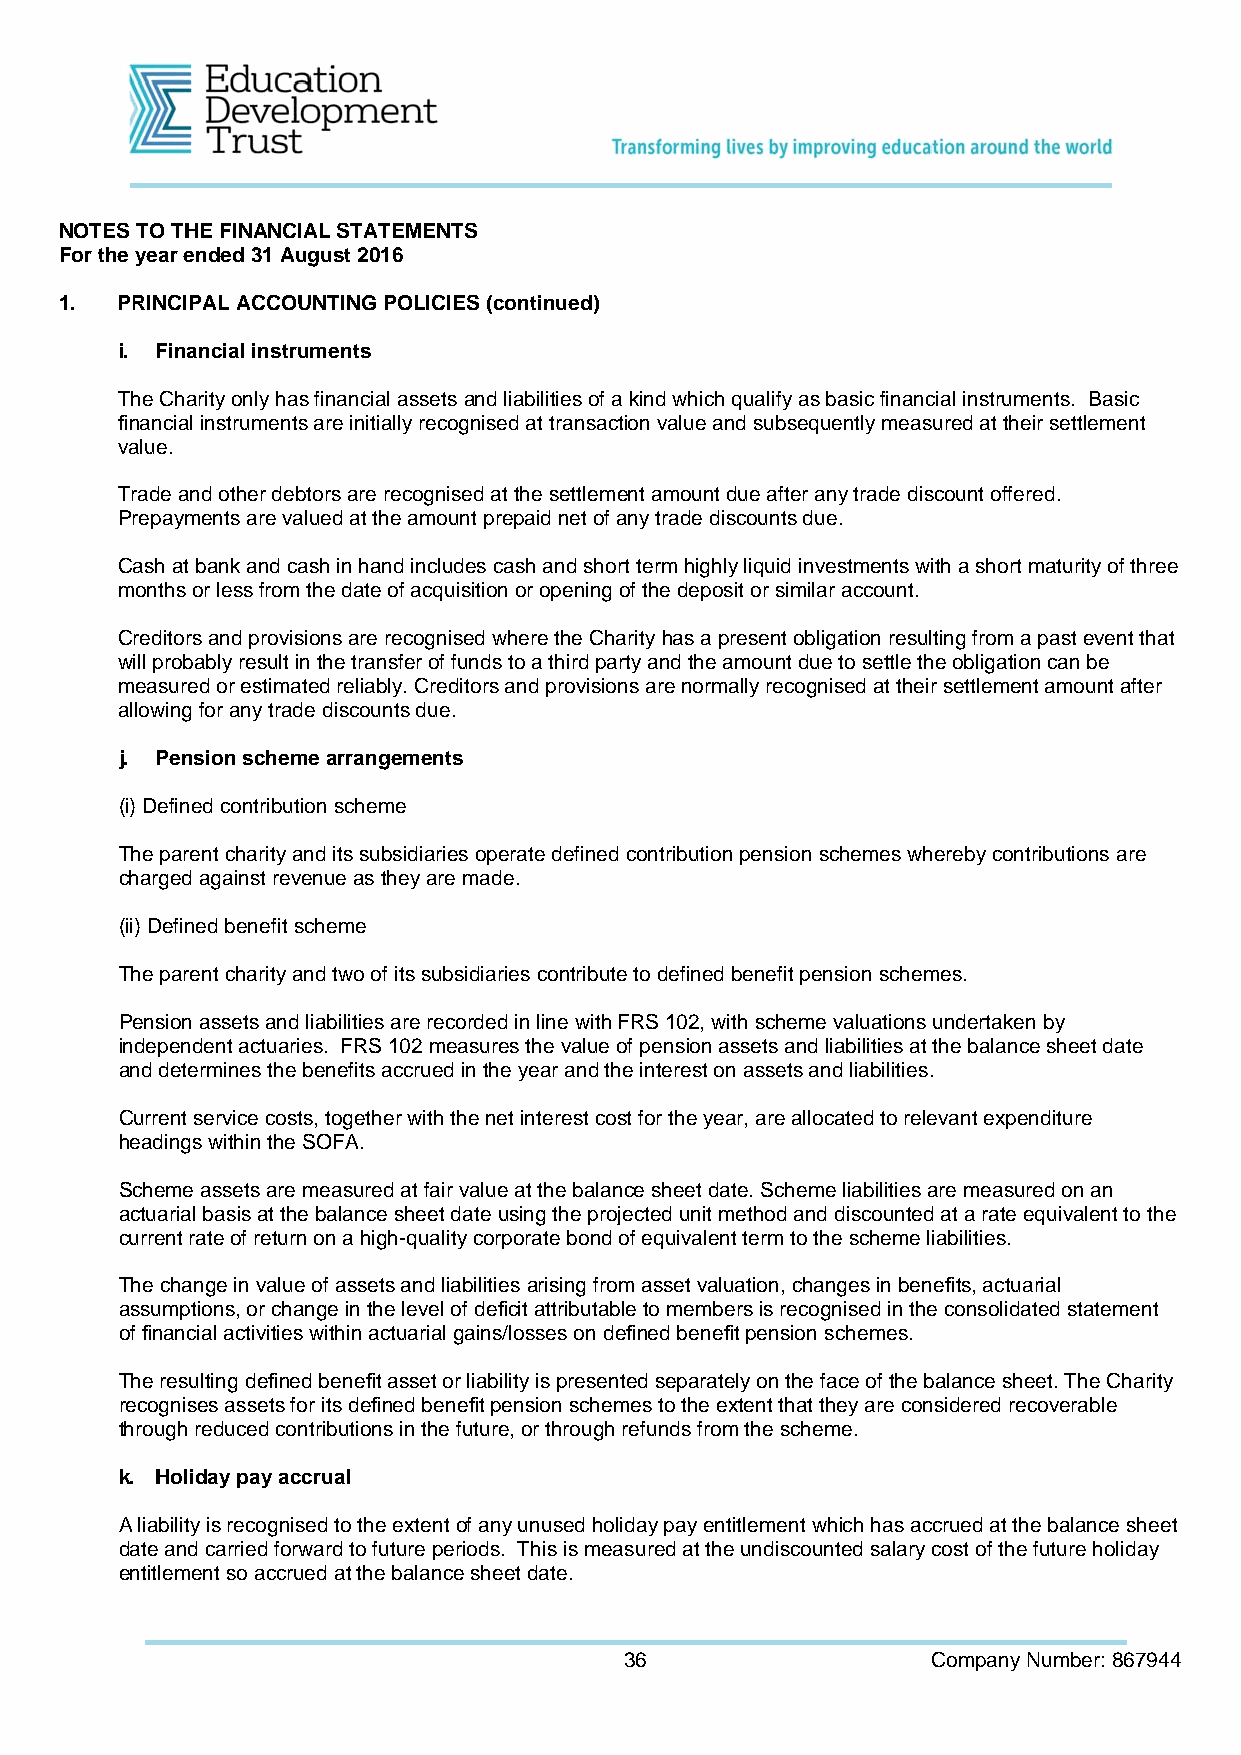
NOTES TO THE FINANCIAL STATEMENTS
 For the year ended 31 August 2016
 1.  PRINCIPAL ACCOUNTING POLICIES (continued)
 i. Financial instruments
 The Charity only has financial assets and liabilities of a kind which qualify as basic financial instruments. Basic
 financial instruments are initially recognised at transaction value and subsequently measured at their settlement
 value.
 Trade and other debtors are recognised at the settlement amount due after any trade discount offered.
 Prepayments are valued at the amount prepaid net of any trade discounts due.
 Cash at bank and cash in hand includes cash and short term highly liquid investments with a short maturity of three
 months or less from the date of acquisition or opening of the deposit or similar account.
 Creditors and provisions are recognised where the Charity has a present obligation resulting from a past event that
 will probably result in the transfer of funds to a third party and the amount due to settle the obligation can be
 measured or estimated reliably. Creditors and provisions are normally recognised at their settlement amount after
 allowing for any trade discounts due.
 j. Pension scheme arrangements
 (i) Defined contribution scheme
 The parent charity and its subsidiaries operate defined contribution pension schemes whereby contributions are
 charged against revenue as they are made.
 (ii) Defined benefit scheme
 The parent charity and two of its subsidiaries contribute to defined benefit pension schemes.
 Pension assets and liabilities are recorded in line with FRS 102, with scheme valuations undertaken by
 independent actuaries. FRS 102 measures the value of pension assets and liabilities at the balance sheet date
 and determines the benefits accrued in the year and the interest on assets and liabilities.
 Current service costs, together with the net interest cost for the year, are allocated to relevant expenditure
 headings within the SOFA.
 Scheme assets are measured at fair value at the balance sheet date. Scheme liabilities are measured on an
 actuarial basis at the balance sheet date using the projected unit method and discounted at a rate equivalent to the
 current rate of return on a high-quality corporate bond of equivalent term to the scheme liabilities.
 The change in value of assets and liabilities arising from asset valuation, changes in benefits, actuarial
 assumptions, or change in the level of deficit attributable to members is recognised in the consolidated statement
 of financial activities within actuarial gains/losses on defined benefit pension schemes.
 The resulting defined benefit asset or liability is presented separately on the face of the balance sheet. The Charity
 recognises assets for its defined benefit pension schemes to the extent that they are considered recoverable
 through reduced contributions in the future, or through refunds from the scheme.
 k. Holiday pay accrual
 A liability is recognised to the extent of any unused holiday pay entitlement which has accrued at the balance sheet
 date and carried forward to future periods. This is measured at the undiscounted salary cost of the future holiday
 entitlement so accrued at the balance sheet date.
 36                   Company Number: 867944